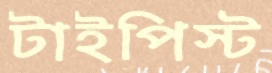
টাইপিস্ট